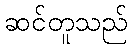
ဆင်တူသည်